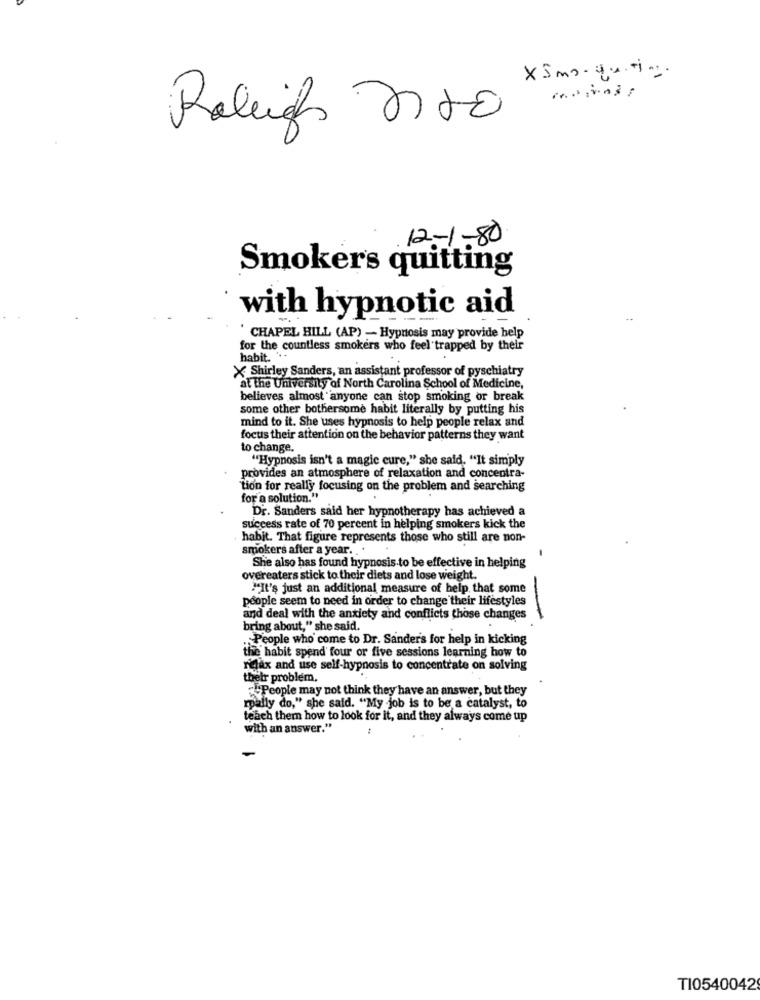
XSmo-qu. ti ...
Raleigh 220
12-1-80
Smokers quitting
with hypnotic aid
CHAPEL HILL (AP) - Hypnosis may provide help
for the countless smokers who feel trapped by their
habit. * -
..
X Shirley Sanders, an assistant professor of pyschiatry
at the University of North Carolina School of Medicine,
believes almost anyone can stop smoking or break
some other bothersome habit literally by putting his
mind to it. She uses hypnosis to help people relax and
focus their attention on the behavior patterns they want
to change.
"Hypnosis isn't a magic cure," she said. "It simply
provides an atmosphere of relaxation and concentra-
tion for really focusing on the problem and searching
for a solution."
Dr. Sanders said her hypnotherapy has achieved a
success rate of 70 percent in helping smokers kick the
habit. That figure represents those who still are non-
smokers after a year. ..
She also has found hypnosis to be effective in helping
overeaters stick to their diets and lose weight.
"It's just an additional measure of help that some
people seem to need in order to change their lifestyles
and deal with the anxiety and conflicts those changes
bring about," she said.
.People who come to Dr. Sander's for help in kicking
the habit spend four or five sessions learning how to
ridax and use self-hypnosis to concentrate on solving
their problem.
People may not think they have an answer, but they
rally do," she said. "My job is to be a catalyst, to
teach them how to look for it, and they always come up
with an answer."
-
TI0540042